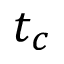
t _ { c }